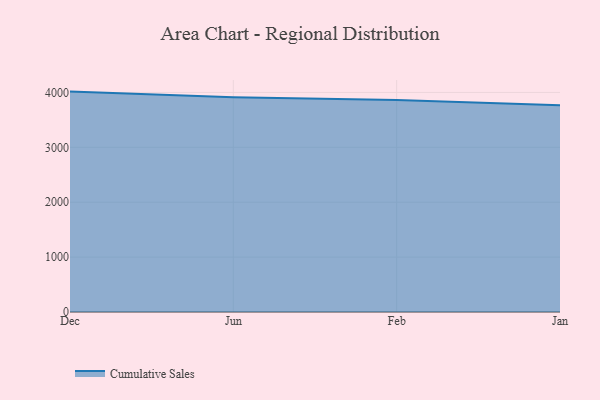
{"axis": {"x": "Month", "y": "Revenue (USD Million)"}, "legend": ["Cumulative Sales"], "data": [{"x": "Dec", "y": 4015.2, "type": "Cumulative Sales"}, {"x": "Jun", "y": 3911.5, "type": "Cumulative Sales"}, {"x": "Feb", "y": 3860.4, "type": "Cumulative Sales"}, {"x": "Jan", "y": 3766.2, "type": "Cumulative Sales"}]}